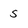
Character: s